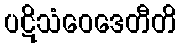
ပဋိသံဝေဒေတီတိ